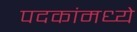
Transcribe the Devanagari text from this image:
पदकांमध्ये